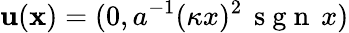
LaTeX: \mathbf{u}(\mathbf{x})=(0,a^{-1}(\kappa x)^{2}\, \mathrm{~s~g~n~}\, x)